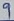
Text: 9